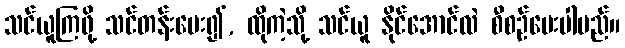
သင်ယူကြဖို့ သင်တန်းပေး၍, ထိုကဲ့သို့ သင်ယူ နိုင်အောင်လဲ စီစဉ်ပေးပါမည်။